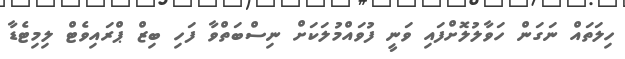
ހިލަތައް ނަގަން ހަވާލުލޮށްފައި ވަނީ ފުވައްމުލަކަށް ނިސްބަތްވާ ފަހި ބިޒް ޕްރައިވެޓް ލިމިޓެޑާ